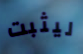
ليثبت